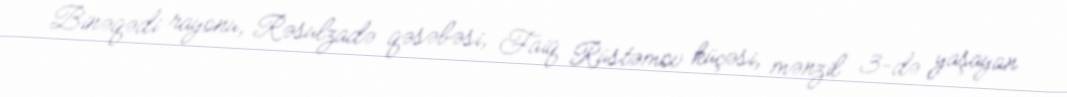
Binəqədi rayonu, Rəsulzadə qəsəbəsi, Faiq Rüstəmov küçəsi, mənzil 3-də yaşayan